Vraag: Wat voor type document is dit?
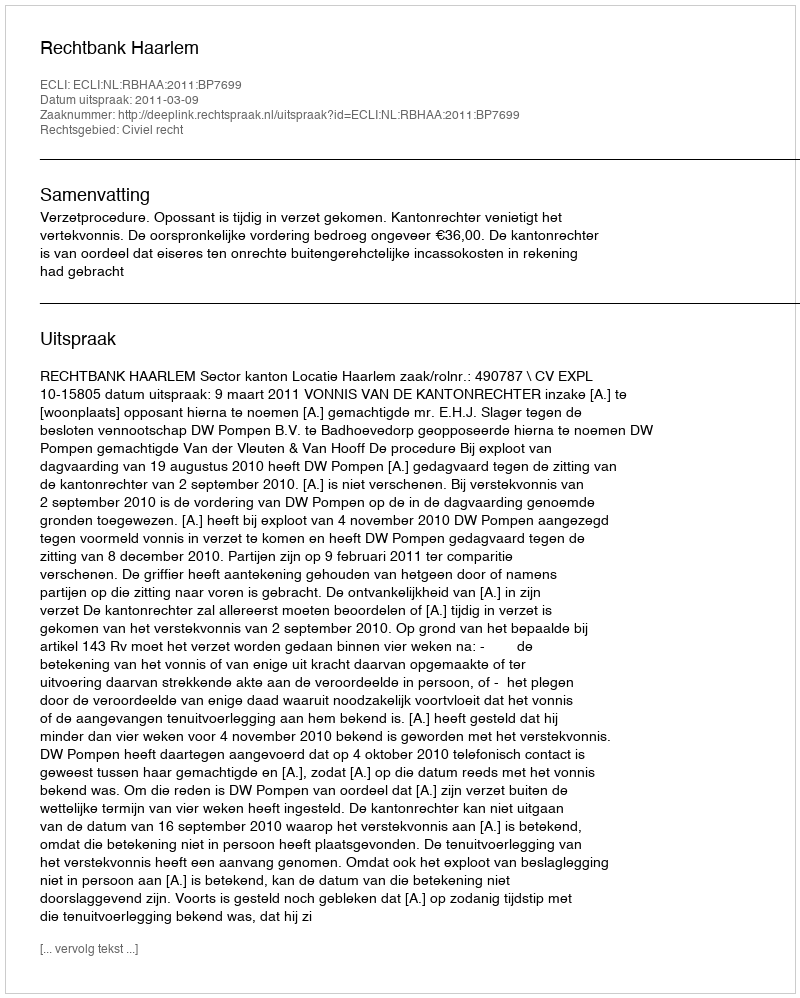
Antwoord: Uitspraak